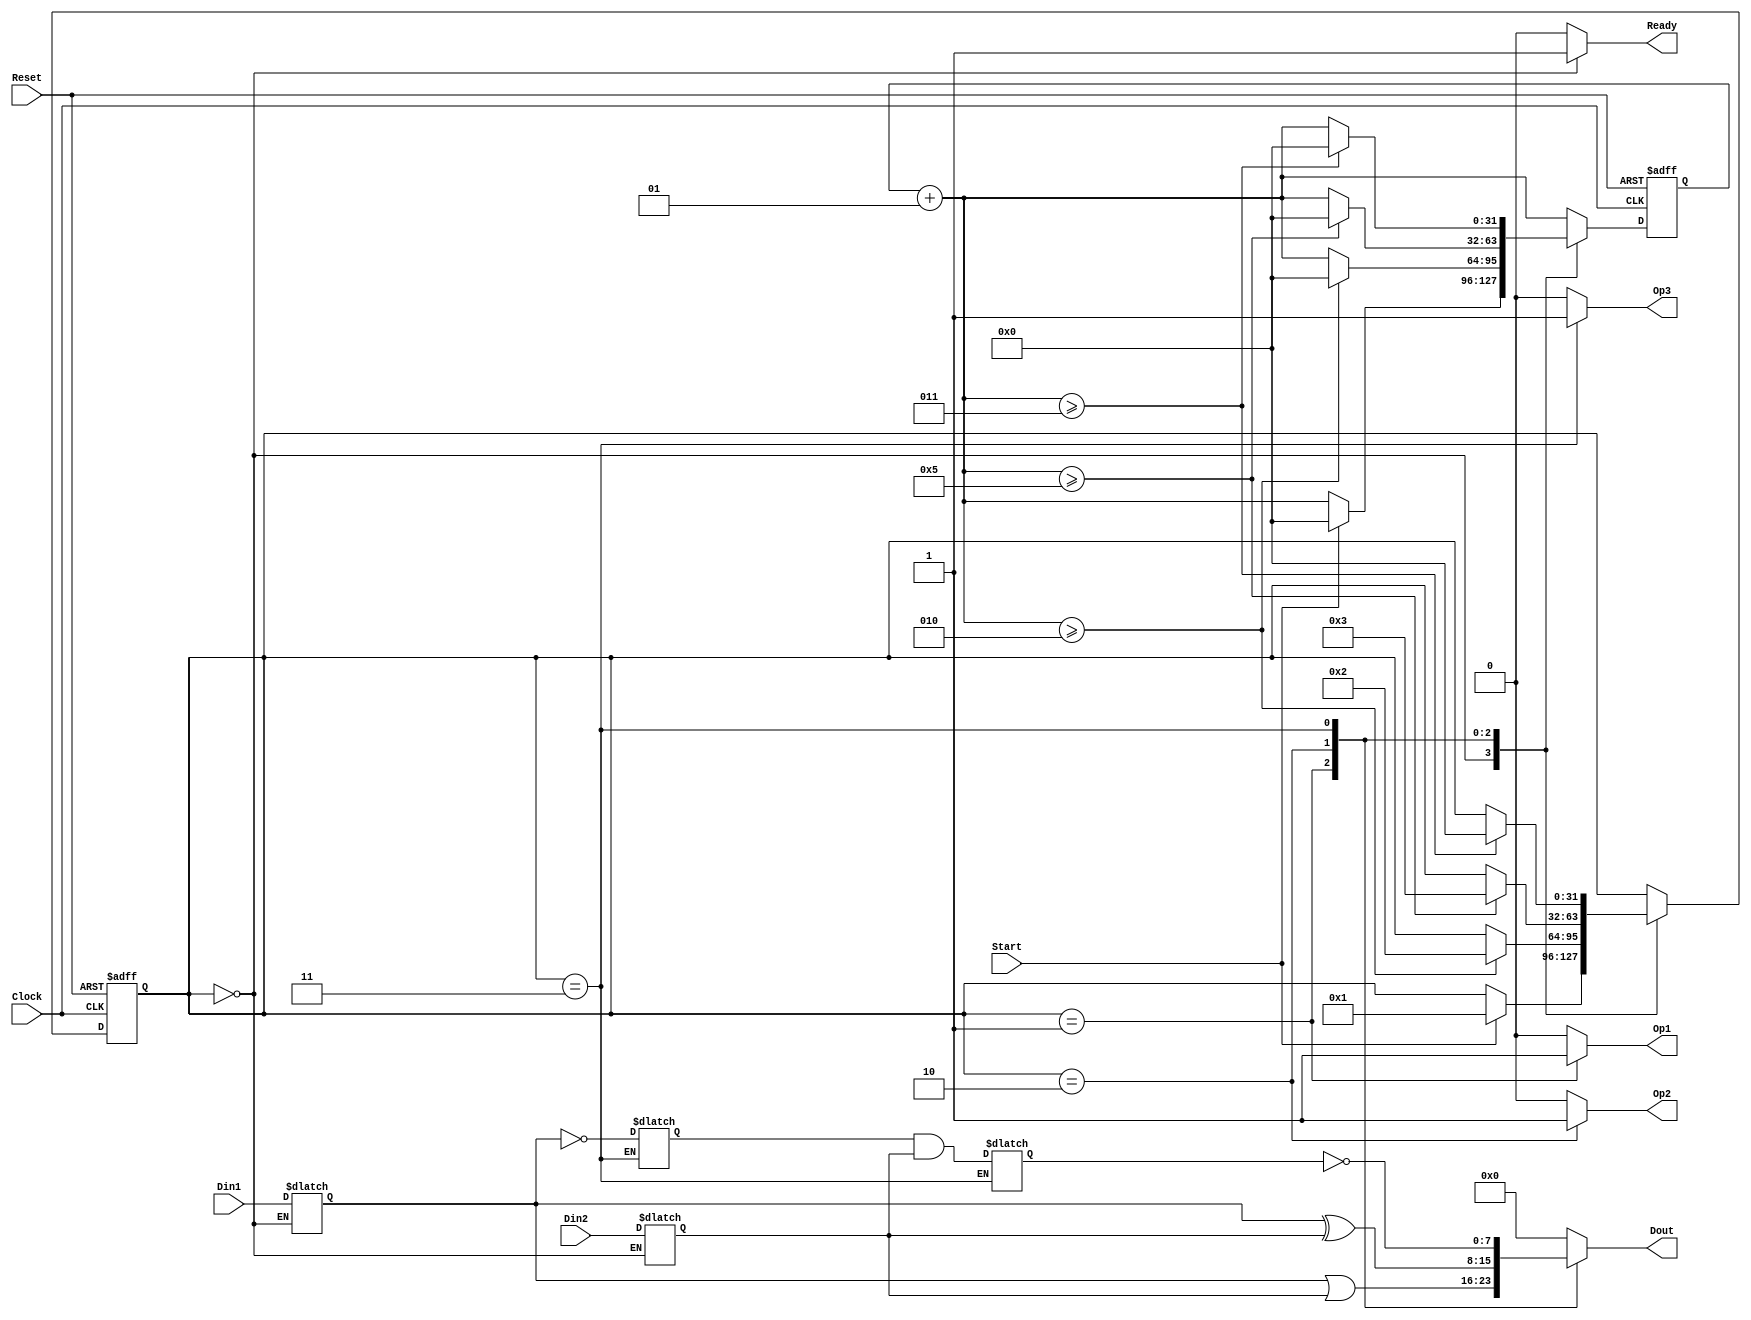
module PSM(
input Clock, Reset, 
input[7:0] Din1, Din2,
input Start,
output reg Ready,
output reg Op1,
output reg Op2,
output reg Op3,
output reg[7:0] Dout);

// states of the statemachine
localparam ready_state = 0;
localparam op1_state = 1;
localparam op2_state = 2;
localparam op3_state = 3;


// states of the statemachine
localparam op1_length = 2;
localparam op2_length = 5;
localparam op3_length = 3;

// local variables
integer present_state, next_state;
integer present_counter, next_counter;

reg[7:0] A;
reg[7:0] B;
reg[7:0] notA;
reg[7:0] notAandB;

always @ (posedge Reset or posedge Clock)
begin
	if (Reset) begin
		present_state <= ready_state;
		present_counter <= 0;
	end
	else begin
		present_state <= next_state;
		present_counter <= next_counter;
	end
end

// state machine mode changing
always
begin
	next_state = present_state;
	next_counter = present_counter + 1;
	
	case (present_state)
		ready_state: begin
			if (Start) begin
				next_counter <= 0;
				next_state <= op1_state;
			end
		end
		op1_state: begin
			if (next_counter >= op1_length) begin
				next_counter <= 0;
				next_state <= op2_state;
			end
		end
		op2_state: begin
			if (next_counter >= op2_length) begin
				next_counter <= 0;
				next_state <= op3_state;
			end
		end
		op3_state: begin
			if (next_counter >= op3_length) begin
				next_counter <= 0;
				next_state <= ready_state;
			end
		end
	endcase
end

// output control in state machine mode	
always
begin
	Op1 <= 0;
	Op2 <= 0;
	Op3 <= 0;
	Ready <= 0;
	Dout[7:0] <= 0;
	
	case (present_state)
		ready_state: begin
			Ready <= 1;
			A[7:0] <= Din1[7:0];
			B[7:0] <= Din2[7:0];
		end
		op1_state: begin
			Op1 <= 1;
			Dout <= A|B;
		end
		op2_state: begin
			Op2 <= 1;
			Dout <= A^B;
		end
		op3_state: begin
			Op3 <= 1;
			notA <= ~A;
			notAandB <= notA & B;
			Dout <= ~notAandB;
		end
	endcase
end

endmodule